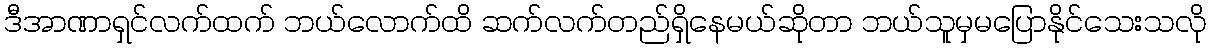
ဒီအာဏာရှင်လက်ထက် ဘယ်လောက်ထိ ဆက်လက်တည်ရှိနေမယ်ဆိုတာ ဘယ်သူမှမပြောနိုင်သေးသလို